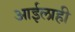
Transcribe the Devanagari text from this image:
आईलाही